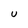
Character: U